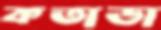
কতাডা